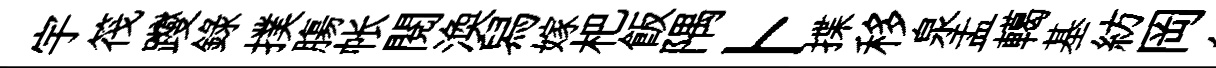
宇筏躞録撲膓帐閲渙舄嫁杷飯隅卜揲移泉盂轕基紡岡絲